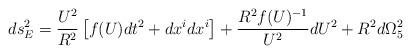
LaTeX: \begin{align*}ds_E^2 = \frac{U^2}{R^2} \left[ f(U) dt^2 + dx^i dx^i \right] + \frac{R^2 f(U)^{-1}}{U^2} dU^2 + R^2 d\Omega_5^2\end{align*}